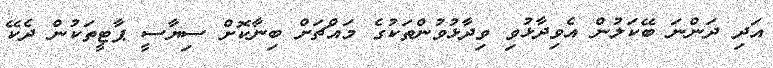
އަދި ދަންނަ ބޭކަލުން އެވިދާޅުވި ވިދާޅުވުންތަކުގެ މައްޗަށް ބިނާކޮށް ސިޔާސީ ޕާޓީތަކުން ދެކޭ